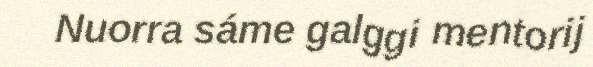
Nuorra sáme galggi mentorij